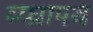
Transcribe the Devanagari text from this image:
व्य्घ्रापथ